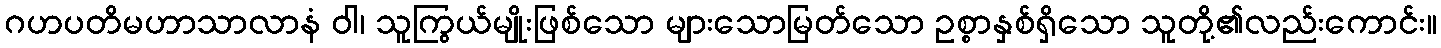
ဂဟပတိမဟာသာလာနံ ဝါ၊ သူကြွယ်မျိုးဖြစ်သော များသောမြတ်သော ဥစ္စာနှစ်ရှိသော သူတို့၏လည်းကောင်း။